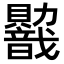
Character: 𬥭